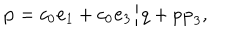
LaTeX: { \bf p } = c _ { 0 } { \bf e } _ { 1 } + c _ { 0 } { \bf e } _ { 3 } / q + p { \bf p } _ { 3 } ,